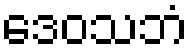
ဒေဝသဘံ